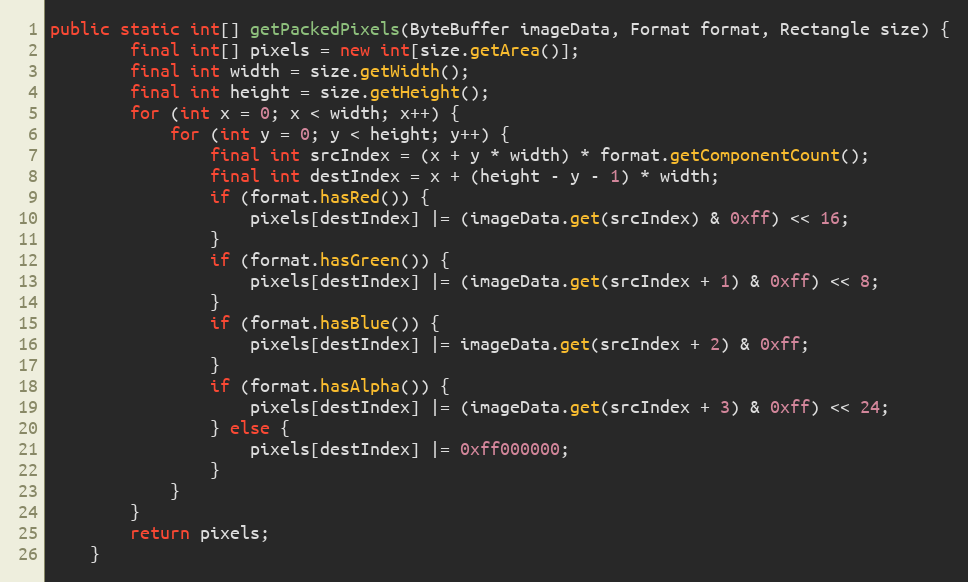
Language: Java
public static int[] getPackedPixels(ByteBuffer imageData, Format format, Rectangle size) {
        final int[] pixels = new int[size.getArea()];
        final int width = size.getWidth();
        final int height = size.getHeight();
        for (int x = 0; x < width; x++) {
            for (int y = 0; y < height; y++) {
                final int srcIndex = (x + y * width) * format.getComponentCount();
                final int destIndex = x + (height - y - 1) * width;
                if (format.hasRed()) {
                    pixels[destIndex] |= (imageData.get(srcIndex) & 0xff) << 16;
                }
                if (format.hasGreen()) {
                    pixels[destIndex] |= (imageData.get(srcIndex + 1) & 0xff) << 8;
                }
                if (format.hasBlue()) {
                    pixels[destIndex] |= imageData.get(srcIndex + 2) & 0xff;
                }
                if (format.hasAlpha()) {
                    pixels[destIndex] |= (imageData.get(srcIndex + 3) & 0xff) << 24;
                } else {
                    pixels[destIndex] |= 0xff000000;
                }
            }
        }
        return pixels;
    }